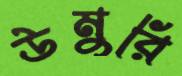
উমুরি